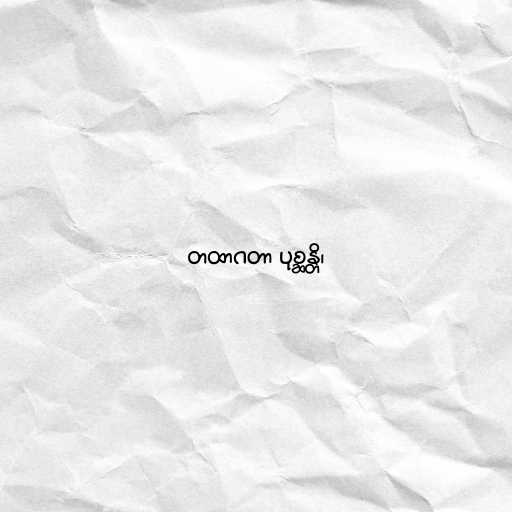
တထာဂတာ ပုစ္ဆန္တိ၊